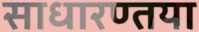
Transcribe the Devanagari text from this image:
साधारण्तया